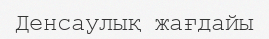
Денсаулық жағдайы